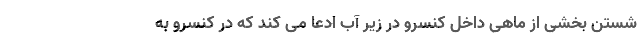
شستن بخشی از ماهی داخل کنسرو در زیر آب ادعا می کند که در کنسرو به